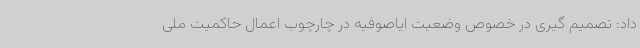
داد: تصمیم گیری در خصوص وضعیت ایاصوفیه در چارچوب اعمال حاکمیت ملی